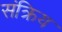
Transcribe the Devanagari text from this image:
संक्रिय